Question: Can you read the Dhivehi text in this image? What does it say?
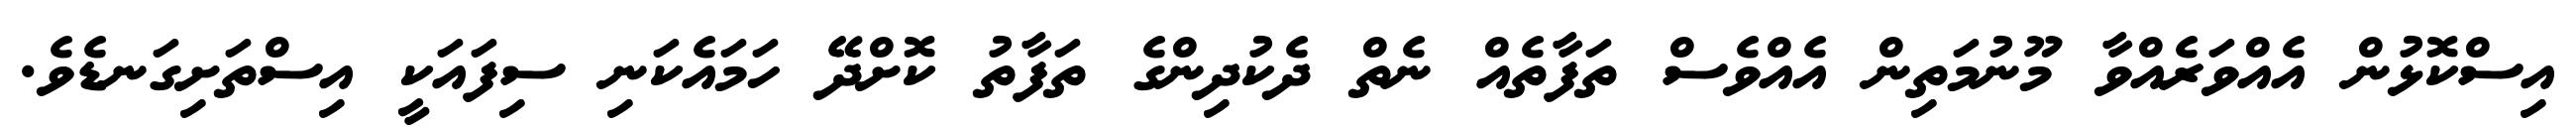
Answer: އިސްކޮޅުން އެއްވަރެއްވާ މޫނުމަތިން އެއްވެސް ތަފާތެއް ނެތް ދެކުދިންގެ ތަފާތު ކޮށްދޭ ހަމައެކަނި ސިފައަކީ އިސްތަށިގަނޑެވެ.